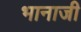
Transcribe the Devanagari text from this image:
भानाजी